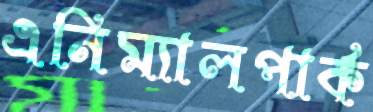
এনিম্যালপার্ক